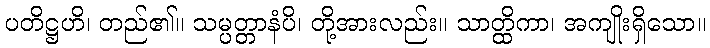
ပတိဋ္ဌဟိ၊ တည်၏။ သမ္ပတ္တာနံပိ၊ တို့အားလည်း။ သာတ္ထိကာ၊ အကျိုးရှိသော။